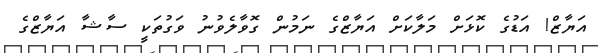
އަޔާޒް! އަޑުގެ ކޮޅަށް މަލާކަށް އަޔާޒްގެ ނަމުން ގޮވާލެވުނު ވަގުތަކީ ސާޝާ އަޔާޒްގެ